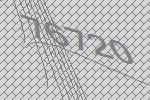
76720